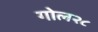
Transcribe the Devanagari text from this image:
गोल२८